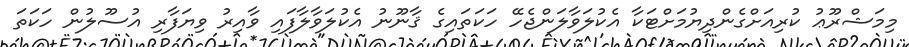
މިމަޝްރޫޢު ކުރިއަށްގެންދިޔުމަށްޓަކާ އެކުލަވާލަންޖެހޭ ހަކަތައިގެ ޤާނޫނު އެކުލަވާލާފައި ވާއިރު ވިޔަފާރި އުސޫލުން ހަކަތަ